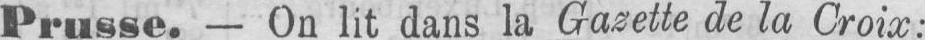
Prusse. - On lit dans la Gazette de la Croix: